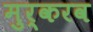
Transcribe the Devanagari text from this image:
मुर्करव